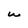
Character: w